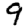
Digit: 9